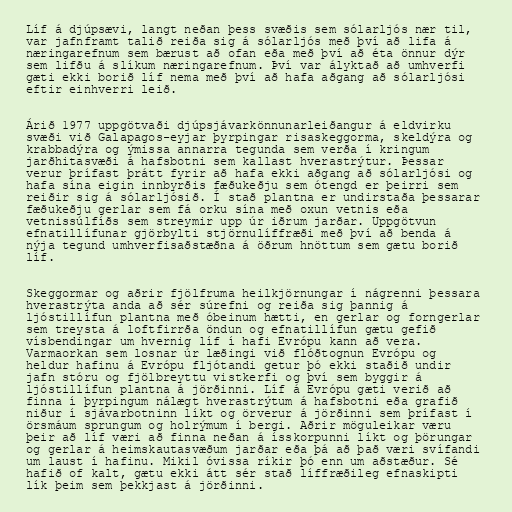
Líf á djúpsævi, langt neðan þess svæðis sem sólarljós nær til,
var jafnframt talið reiða sig á sólarljós með því að lifa á
næringarefnum sem bærust að ofan eða með því að éta önnur dýr
sem lifðu á slíkum næringarefnum. Því var ályktað að umhverfi
gæti ekki borið líf nema með því að hafa aðgang að sólarljósi
eftir einhverri leið.

Árið 1977 uppgötvaði djúpsjávarkönnunarleiðangur á eldvirku
svæði við Galapagos-eyjar þyrpingar risaskeggorma, skeldýra og
krabbadýra og ýmissa annarra tegunda sem verða í kringum
jarðhitasvæði á hafsbotni sem kallast hverastrýtur. Þessar
verur þrífast þrátt fyrir að hafa ekki aðgang að sólarljósi og
hafa sína eigin innbyrðis fæðukeðju sem ótengd er þeirri sem
reiðir sig á sólarljósið. Í stað plantna er undirstaða þessarar
fæðukeðju gerlar sem fá orku sína með oxun vetnis eða
vetnissúlfíðs sem streymir upp úr iðrum jarðar. Uppgötvun
efnatillífunar gjörbylti stjörnulíffræði með því að benda á
nýja tegund umhverfisaðstæðna á öðrum hnöttum sem gætu borið
líf.

Skeggormar og aðrir fjölfruma heilkjörnungar í nágrenni þessara
hverastrýta anda að sér súrefni og reiða sig þannig á
ljóstillífun plantna með óbeinum hætti, en gerlar og forngerlar
sem treysta á loftfirrða öndun og efnatillífun gætu gefið
vísbendingar um hvernig líf í hafi Evrópu kann að vera.
Varmaorkan sem losnar úr læðingi við flóðtognun Evrópu og
heldur hafinu á Evrópu fljótandi getur þó ekki staðið undir
jafn stóru og fjölbreyttu vistkerfi og því sem byggir á
ljóstillífun plantna á jörðinni. Líf á Evrópu gæti verið að
finna í þyrpingum nálægt hverastrýtum á hafsbotni eða grafið
niður í sjávarbotninn líkt og örverur á jörðinni sem þrífast í
örsmáum sprungum og holrýmum í bergi. Aðrir möguleikar væru
þeir að líf væri að finna neðan á ísskorpunni líkt og þörungar
og gerlar á heimskautasvæðum jarðar eða þá að það væri svífandi
um laust í hafinu. Mikil óvissa ríkir þó enn um aðstæður. Sé
hafið of kalt, gætu ekki átt sér stað líffræðileg efnaskipti
lík þeim sem þekkjast á jörðinni.